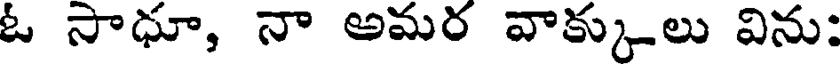
ఓ సాధూ, నా అమర వాక్కులు విను: